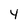
Character: 4